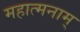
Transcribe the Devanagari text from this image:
महात्मनाम्